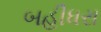
બહીધરા